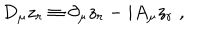
LaTeX: D _ { \mu } z _ { r } \equiv \partial _ { \mu } z _ { r } - i A _ { \mu } z _ { r } \; ,